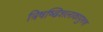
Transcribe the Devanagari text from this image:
त्रिषष्ढिशलाकापुरुश